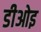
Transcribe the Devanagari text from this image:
डीओइ